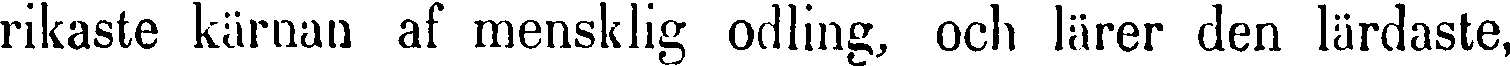
rikaste kärnan af mensklig odling, och lärer den lärdaste,